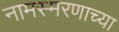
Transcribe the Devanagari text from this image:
नामस्मरणाच्या